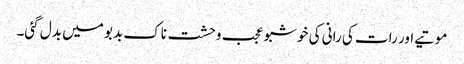
موتیے اور رات کی رانی کی خوشبو عجب وحشت ناک بدبو میں بدل گئی۔